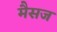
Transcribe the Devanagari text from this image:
मैसज